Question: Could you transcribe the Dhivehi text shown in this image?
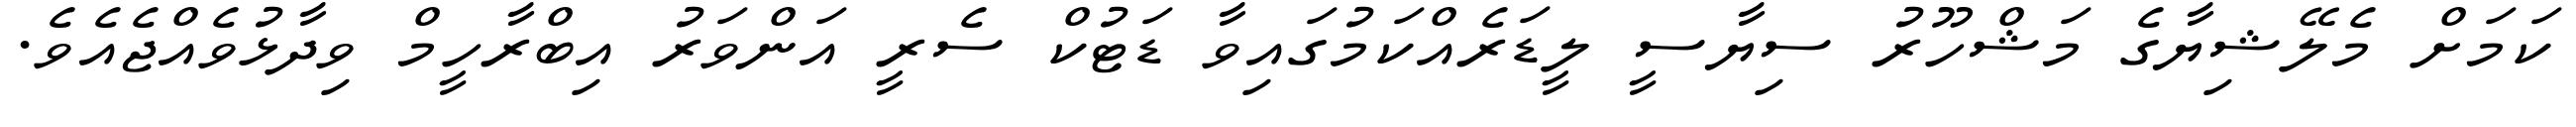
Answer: ކަމަށް މެލޭޝިޔާގެ މަޝްހޫރު ސިޔާސީ ލީޑަރެއްކަމުގައިވާ ޑަޓުކް ސެރީ އަންވަރު އިބްރާހީމް ވިދާޅުވެއްޖެއެވެ.